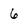
Character: 6